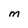
Character: M